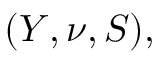
( Y , \nu , S ) ,